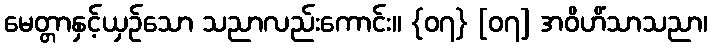
မေတ္တာနှင့်ယှဉ်သော သညာလည်းကောင်း။ {၀၇} [၀၇] အဝိဟိံသာသညာ၊